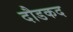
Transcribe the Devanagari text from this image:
दौडकद